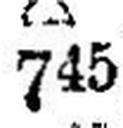
745